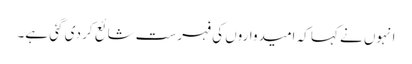
انہوں نے کہا کہ امیدواروں کی فہرست شائع کر دی گئی ہے۔